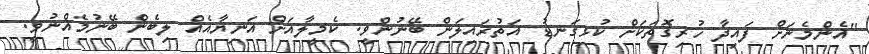
"އެންމެނަށް ފައިދާ ހުރިގޮތަކަށް ކުޅިގަނޑު އަތުރައިލަން ބޭނުންވީ. ކެމީލާއަށް އަނިޔާއެއް ލިބެން ބޭނުމެއްނުވީ.